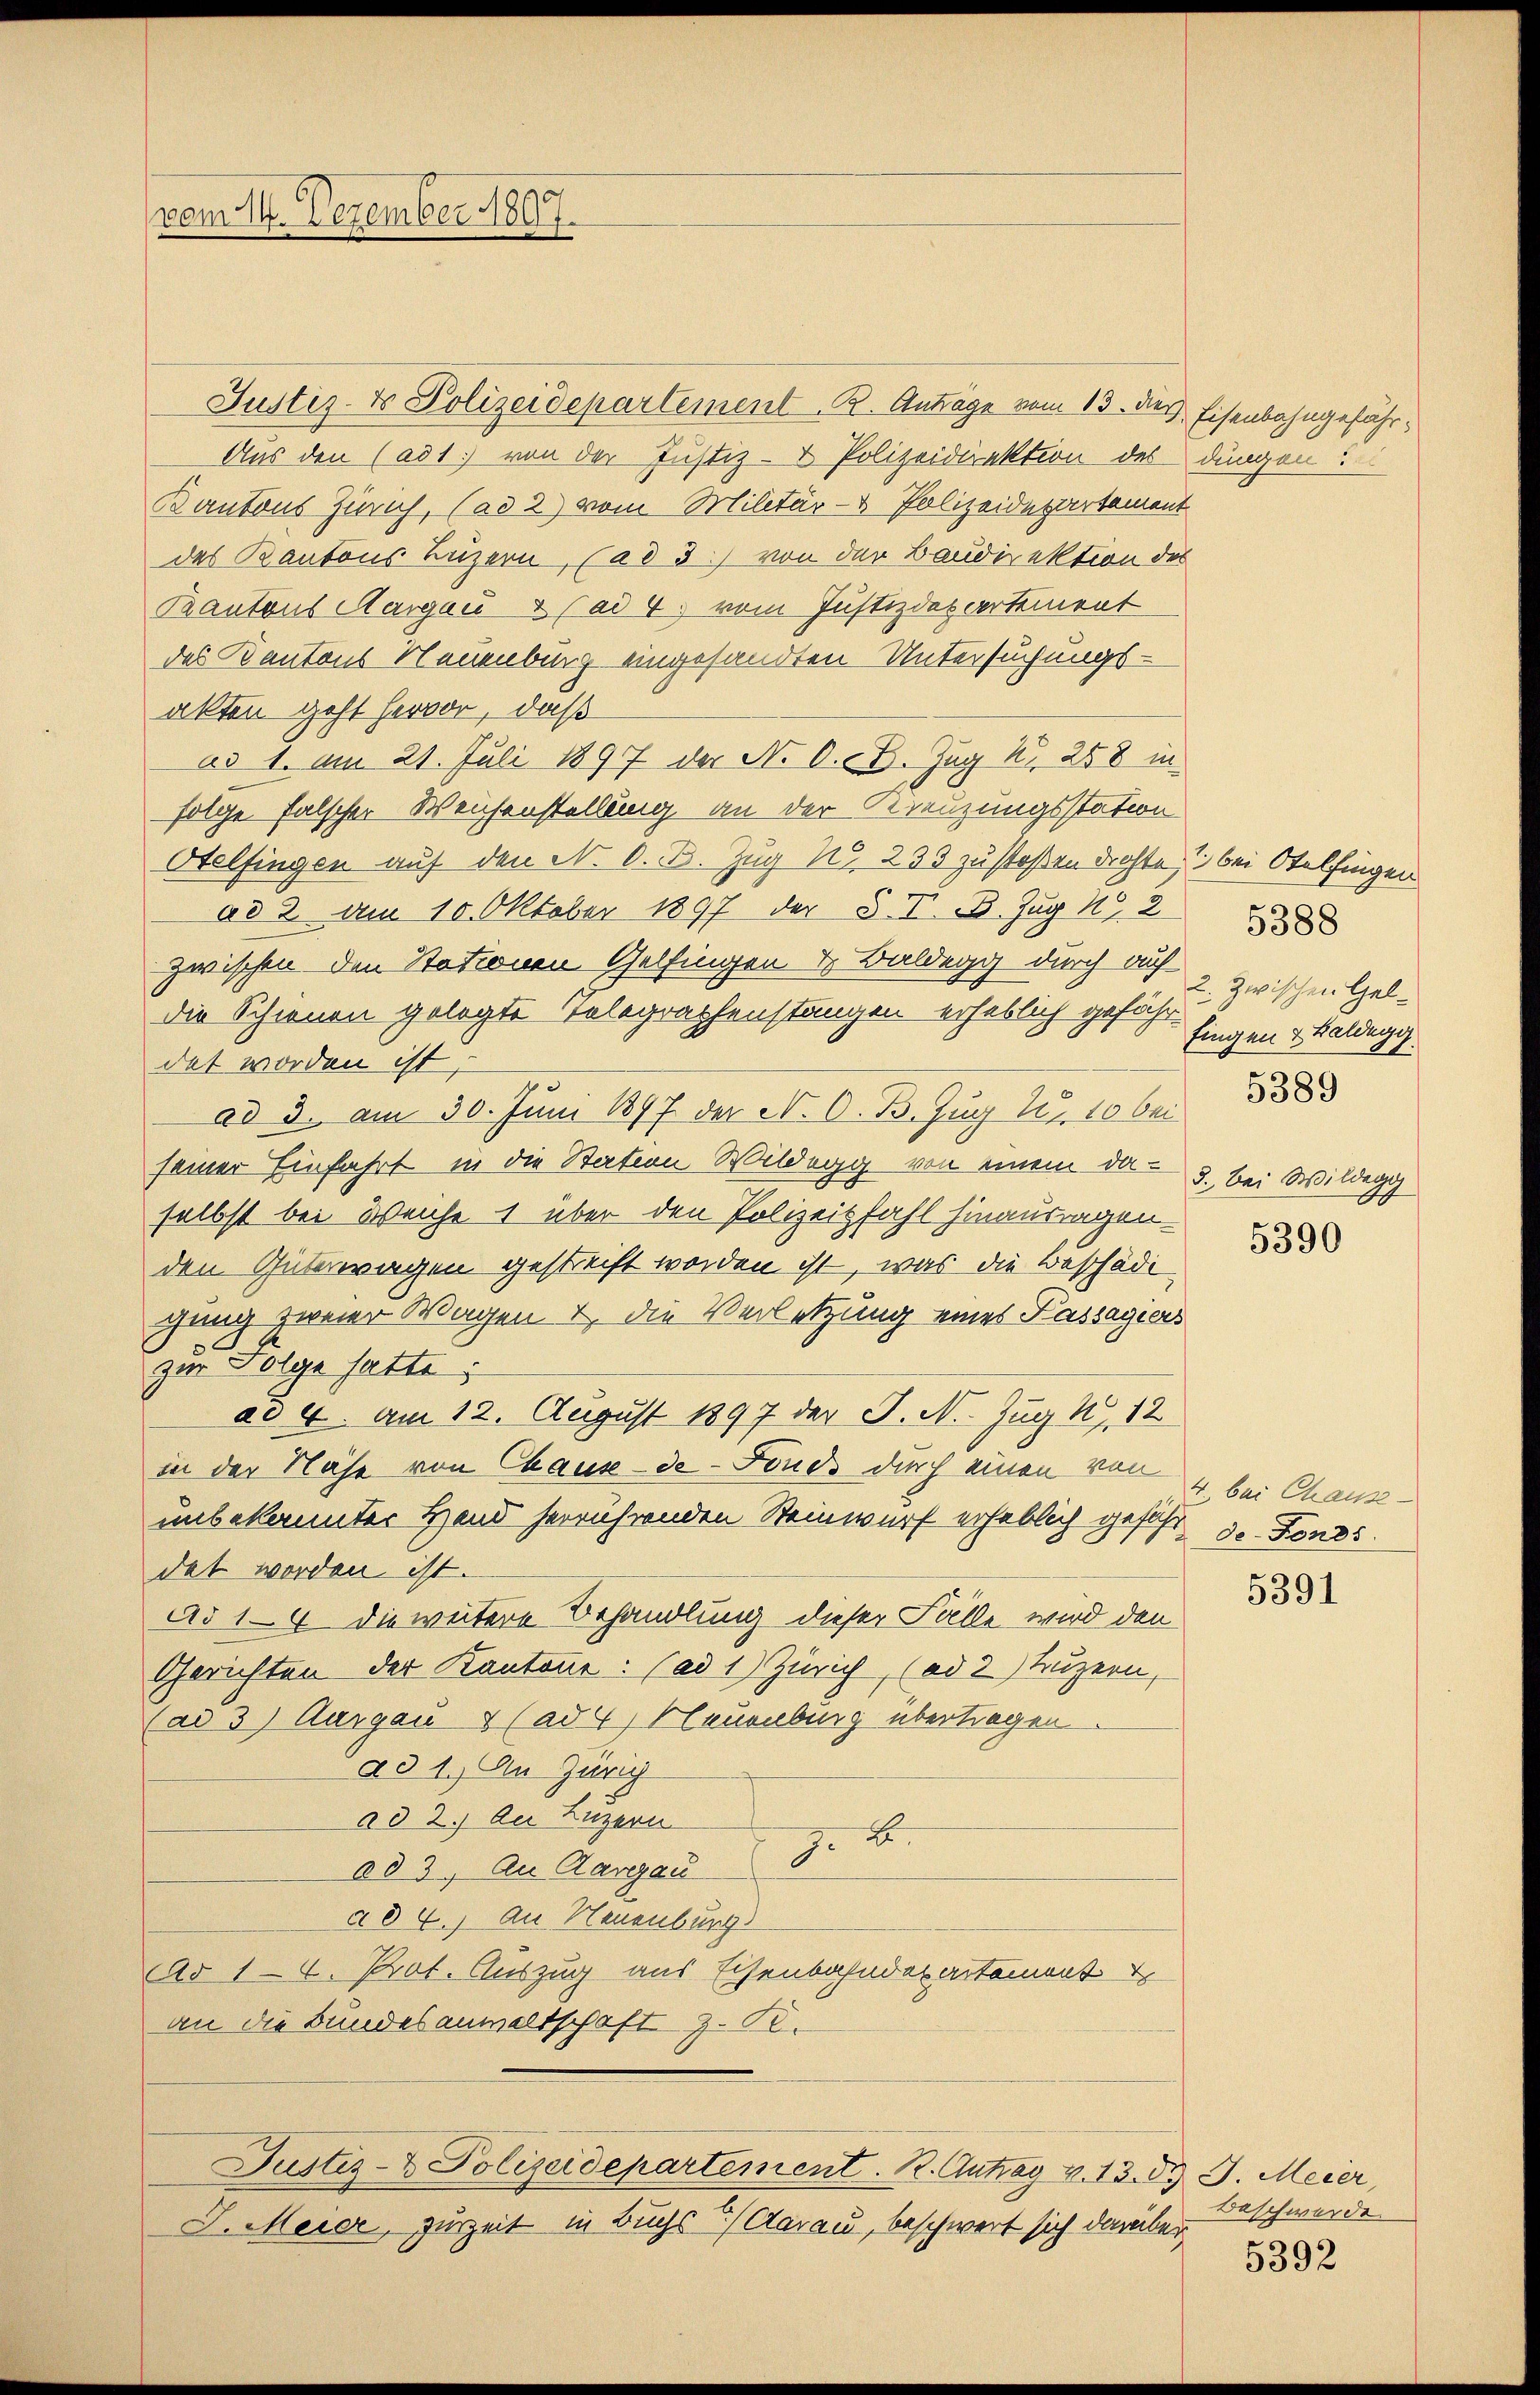
vom 14. Dezember 1897.

Justiz- & Polizeidepartement. Anträge vom 13. dies Eisenbahngefähr¬
Aus den (ad 1. von der Justiz- & Polizeidirektion des dungen:
Kantons Zürich, (ad 2) vom Militär- & Polizeidepartement
des Kantons Luzern, (ad 3.) von der Baudirektion des
Kantons Margau & (ad 4. vom Justizdepartement
des Kantons Neuenburg eingesandten Untersuchungs-
akten geht hervor, daß
ad 1. am 21. Juli 1897 der N. O. B. Zug k 258 in
folge falscher Weihenstellung an der Kreuzungsstation
Otelfingen auf den N. O. B. Zug No. 233 zu stoßen drohte, bei Otelfingen
ad 2. am 10. Oktober 1897 der §. V. B. Zug No 2
zwischen den Stationen Gelfingen & Baldegg durch auf
die Schinen gelegte Telegraphenstangen erheblich gefähr
det worden ist,
ad 3. am 30. Juni 1897 der N. O. B. Zug u. 10 bei
seiner Einfahrt in die Station Wildegg von einem daselbst bei Weiche 1 über den Polizeitfahl hinausragen.
den Güterwagen gestreift worden ist, was die Beschädi
gang zweier Wagen & die Verletzung eines Passagiers
zur Folge hatte:
ad 6. Am 12. August 1897 der J. N. Zug k. 12
in der Nähe von Chaux-de-Fonds durch einen von
unbekannter Hand herrührenden Reinwurf erheblich gesehe de Fonds
dat worden ist.
Ad 14 die weitere Behandlung dieser Falle wird den
Gerichten der Kantone: (ad 1) Zürich, (ad 2) Luzern,
(ad 3) Aurgau & (ad 4) Neuenburg übertragen.
ad 1.) An Zang
ad 2.) An Luzern
J. B.
ad 3. An Aargau
ad 2.) An Neuenburg
Ad 1-4. Prot. Auszug aus Eisenbahndepartement
an die Bundesanwaltschaft z. B.
Justiz- & Polizeidepartement. R. Antrag v. 13. d. J. Meier,
J. Meier, zurzeit in Buchs Aarau, beschwert sich darüber

5388
2. Zwischen Gelfingen & Baldegg
5389
3. Bei Wildegg
5390

4. bei Chause

5391

Beschwerde.

5392